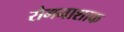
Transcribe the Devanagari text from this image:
रोगनाशाक